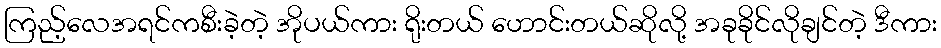
ကြည့်လေအရင်ကစီးခဲ့တဲ့ အိုပယ်ကား ရိုးတယ် ဟောင်းတယ်ဆိုလို့ အခုခိုင်လိုချင်တဲ့ ဒီကား